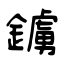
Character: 鐪